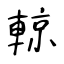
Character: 輬